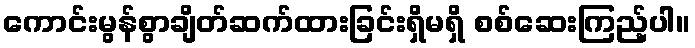
ကောင်းမွန်စွာချိတ်ဆက်ထားခြင်းရှိမရှိ စစ်ဆေးကြည့်ပါ။